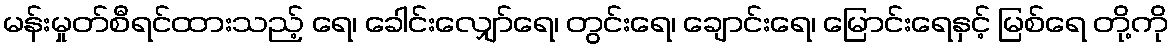
မန်းမှုတ်စီရင်ထားသည့် ရေ၊ ခေါင်းလျှော်ရေ၊ တွင်းရေ၊ ချောင်းရေ၊ မြောင်းရေနှင့် မြစ်ရေ တို့ကို